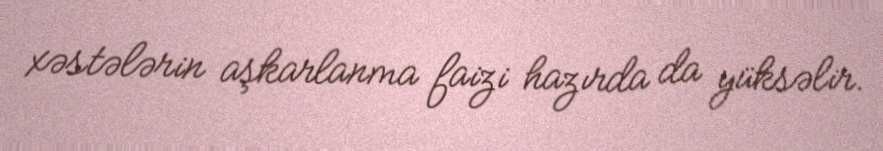
xəstələrin aşkarlanma faizi hazırda da yüksəlir.